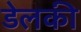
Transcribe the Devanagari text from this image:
डेलकी